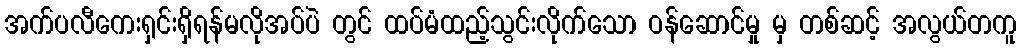
အက်ပလီကေးရှင်းရှိရန်မလိုအပ်ပဲ တွင် ထပ်မံထည့်သွင်းလိုက်သော ဝန်ဆောင်မှု မှ တစ်ဆင့် အလွယ်တကူ